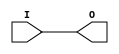
// This program was cloned from: https://github.com/matrix-io/matrix-creator-fpga
// License: GNU General Public License v3.0

// $Header: /devl/xcs/repo/env/Databases/CAEInterfaces/verunilibs/data/unisims/IBUFG.v,v 1.7 2007/05/23 21:43:34 patrickp Exp $
///////////////////////////////////////////////////////////////////////////////
// Copyright (c) 1995/2004 Xilinx, Inc.
// All Right Reserved.
///////////////////////////////////////////////////////////////////////////////
//   ____  ____
//  /   /\/   /
// /___/  \  /    Vendor : Xilinx
// \   \   \/     Version : 10.1
//  \   \         Description : Xilinx Functional Simulation Library Component
//  /   /                  Input Clock Buffer
// /___/   /\     Filename : IBUFG.v
// \   \  /  \    Timestamp : Thu Mar 25 16:42:24 PST 2004
//  \___\/\___\
//
// Revision:
//    03/23/04 - Initial version.
//    05/23/07 - Changed timescale to 1 ps / 1 ps.

`timescale  1 ps / 1 ps


module IBUFG (O, I);

    parameter CAPACITANCE = "DONT_CARE";
    parameter IBUF_DELAY_VALUE = "0";
    parameter IOSTANDARD = "DEFAULT";

    output O;
    input  I;

    buf B1 (O, I);
    
    initial begin
	
        case (CAPACITANCE)

            "LOW", "NORMAL", "DONT_CARE" : ;
            default : begin
                          $display("Attribute Syntax Error : The attribute CAPACITANCE on IBUFG instance %m is set to %s.  Legal values for this attribute are DONT_CARE, LOW or NORMAL.", CAPACITANCE);
                          $finish;
                      end

        endcase


	case (IBUF_DELAY_VALUE)

            "0", "1", "2", "3", "4", "5", "6", "7", "8", "9", "10", "11", "12", "13", "14", "15", "16" : ;
            default : begin
                          $display("Attribute Syntax Error : The attribute IBUF_DELAY_VALUE on IBUFG instance %m is set to %s.  Legal values for this attribute are 0, 1, 2, ... or 16.", IBUF_DELAY_VALUE);
                          $finish;
                      end

        endcase

    end // initial begin
    
endmodule